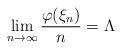
LaTeX: \begin{align*}\lim_{n\to\infty} \frac{\varphi(\xi_n)}{n} = \Lambda\end{align*}